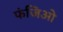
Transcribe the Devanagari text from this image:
फंजिओ